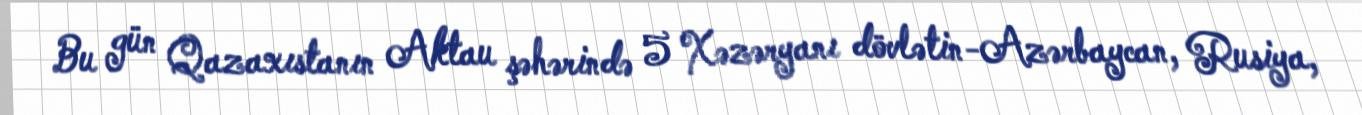
Bu gün Qazaxıstanın Aktau şəhərində 5 Xəzəryanı dövlətin-Azərbaycan, Rusiya,